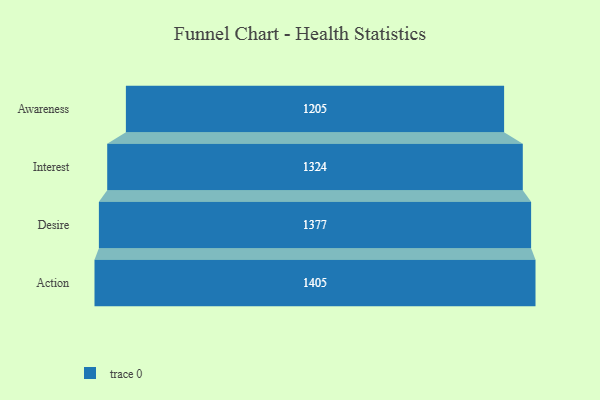
{"axis": {"x": "Stage", "y": "Value"}, "legend": [""], "data": [{"x": "Awareness", "y": 1205.0, "type": ""}, {"x": "Interest", "y": 1324.0, "type": ""}, {"x": "Desire", "y": 1377.0, "type": ""}, {"x": "Action", "y": 1405.0, "type": ""}]}